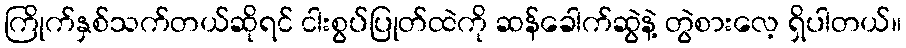
ကြိုက်နှစ်သက်တယ်ဆိုရင် ငါးစွပ်ပြုတ်ထဲကို ဆန်ခေါက်ဆွဲနဲ့ တွဲစားလေ့ ရှိပါတယ်။